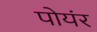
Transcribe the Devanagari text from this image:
पोयंर